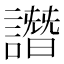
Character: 譖